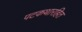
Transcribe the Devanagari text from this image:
पटकथारहित